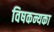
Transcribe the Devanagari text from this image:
विषकन्यका